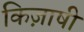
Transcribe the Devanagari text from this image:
किज़ाषी